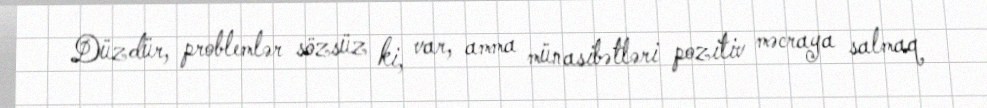
Düzdür, problemlər sözsüz ki, var, amma münasibətləri pozitiv məcraya salmaq